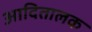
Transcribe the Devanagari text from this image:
आदितालक